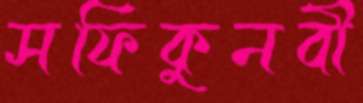
সফিকুনবী